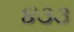
૪૩૩